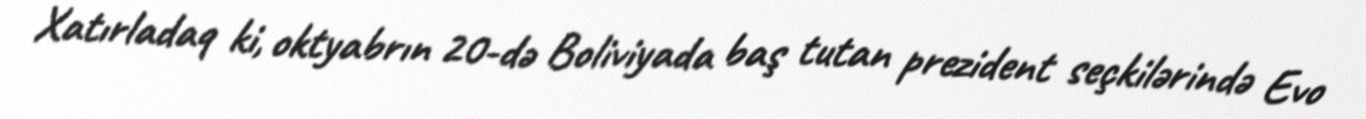
Xatırladaq ki, oktyabrın 20-də Boliviyada baş tutan prezident seçkilərində Evo